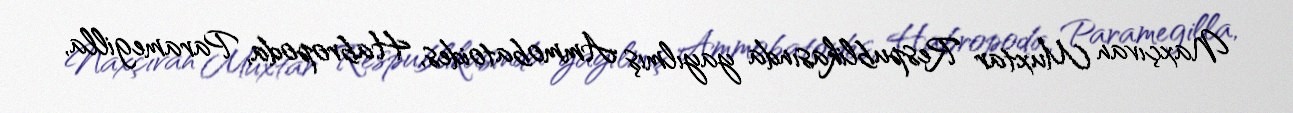
Naxçıvan Muxtar Respublikasında yayılmış Ammobatoides, Habropoda, Paramegilla,